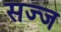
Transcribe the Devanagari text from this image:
सज्‍ज